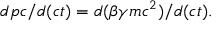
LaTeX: d p c / d ( c t ) = d ( \beta \gamma m c ^ { 2 } ) / d ( c t ) .